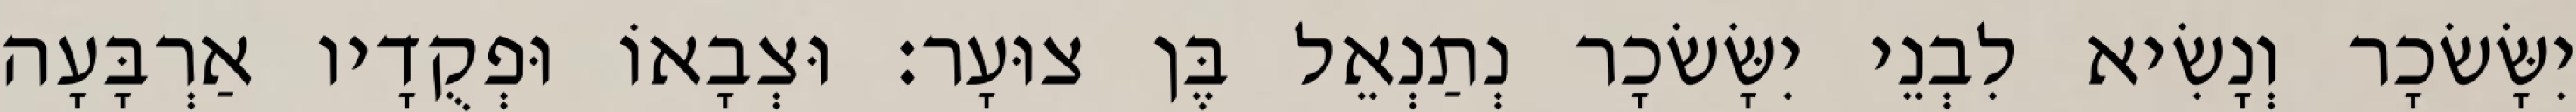
יִשָּׂשׂכָר וְנָשִׂיא לִבְנֵי יִשָּׂשׂכָר נְתַנְאֵל בֶּן צוּעָר׃ וּצְבָאוֹ וּפְקֻדָיו אַרְבָּעָה